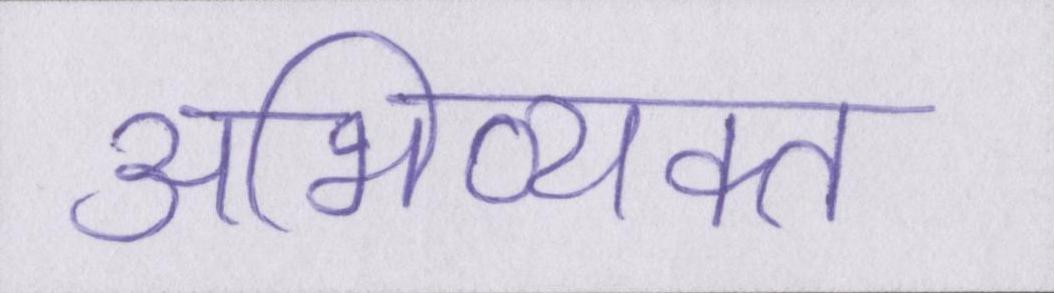
अभिव्यक्त